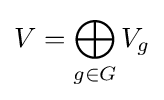
V=\bigoplus _{g\in G}V_{g}